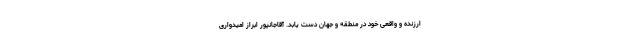
ارزنده و واقعی خود در منطقه و جهان دست یابد. آقاجانپور ابراز امیدواری